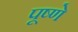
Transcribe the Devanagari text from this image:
पूष्णे